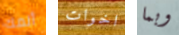
ألمك اخوات وبما